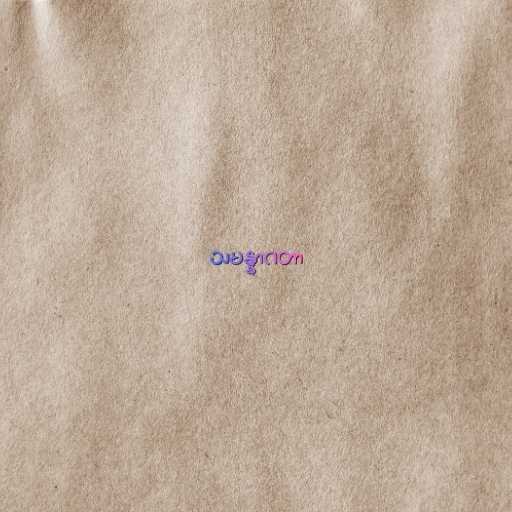
သမန္နာဂတာ